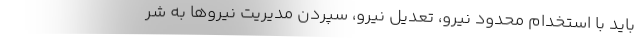
باید با استخدام محدود نیرو، تعدیل نیرو، سپردن مدیریت نیروها به شر